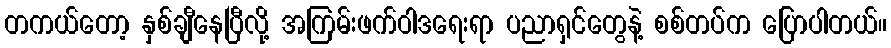
တကယ်တော့ နှစ်ချီနေပြီလို့ အကြမ်းဖက်ဝါဒရေးရာ ပညာရှင်တွေနဲ့ စစ်တပ်က ပြောပါတယ်။